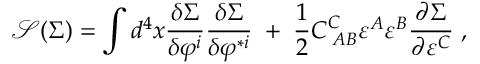
\mathcal { S ( } \Sigma \mathcal { ) = } \int d ^ { 4 } x \frac { \delta \Sigma } { \delta \varphi ^ { i } } \frac { \delta \Sigma } { \delta \varphi ^ { * i } } \; + \; \frac 1 2 C _ { \; A B } ^ { C } \varepsilon ^ { A } \varepsilon ^ { B } \frac { \partial \Sigma } { \partial \varepsilon ^ { C } } \; ,